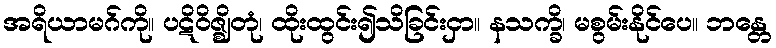
အရိယာမဂ်ကို။ ပဋိဝိဇ္ဈိတုံ၊ ထိုးထွင်း၍သိခြင်းငှာ။ နသက္ခိ၊ မစွမ်းနိုင်ပေ။ ဘန္တေ